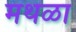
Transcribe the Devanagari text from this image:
मथळा